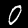
Label: 0